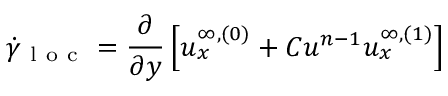
\dot { \gamma } _ { \mathrm { ~ l ~ o ~ c ~ } } = \frac { \partial } { \partial y } \left[ u _ { x } ^ { \infty , ( 0 ) } + C u ^ { n - 1 } u _ { x } ^ { \infty , ( 1 ) } \right]